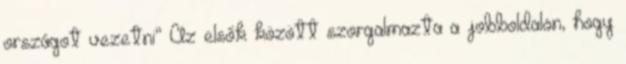
országot vezetni” Az elsők között szorgalmazta a jobboldalon, hogy